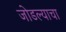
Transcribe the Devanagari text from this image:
जोडल्याचा